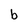
Character: b